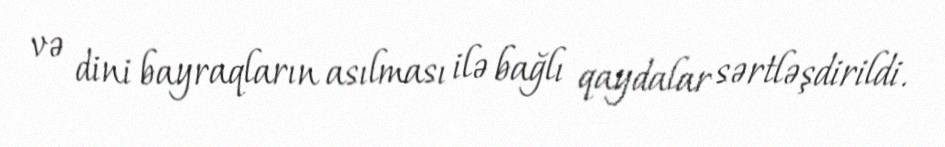
və dini bayraqların asılması ilə bağlı qaydalar sərtləşdirildi.